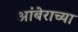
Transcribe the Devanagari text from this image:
आंबेराच्या